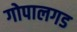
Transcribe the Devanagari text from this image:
गोपालगड